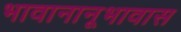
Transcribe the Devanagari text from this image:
भावानानूभावास